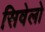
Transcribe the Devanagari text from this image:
सिवेलो